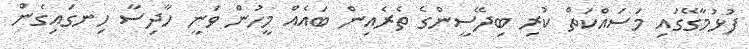
ފުޅުމާގޭގައި މަސައްކަތް ކުރި ބިދޭސީންގެ ތެރެއިން ބައެއް މީހުން ވަނީ ހާދިސާ ހިނގައިގެން